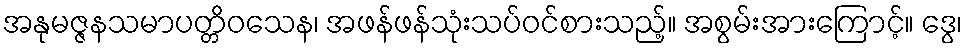
အနုမဇ္ဇနသမာပတ္တိဝသေန၊ အဖန်ဖန်သုံးသပ်ဝင်စားသည့်။ အစွမ်းအားကြောင့်။ ဒွေ၊